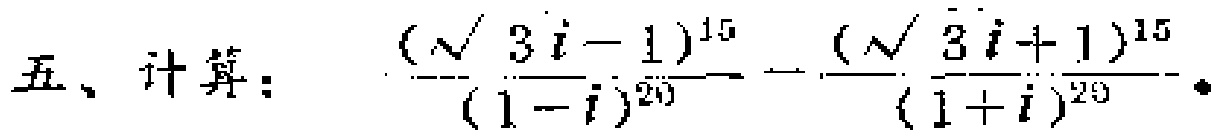
五、计算：$\frac{(\sqrt{3}i - 1)^{15}}{(1 - i)^{20}}-\frac{(\sqrt{3}i + 1)^{15}}{(1 + i)^{20}}$ 。